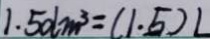
1 . 5 d m ^ { 3 } = ( 1 . 5 ) L